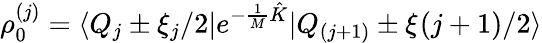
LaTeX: \rho_{0}^{(j)}=\langle Q_{j}\pm\xi_{j}/2|e^{-\frac{1}{M}{\hat{K}}}|Q_{(j+1)}\pm\xi_{}(j+1)/2\rangle